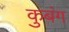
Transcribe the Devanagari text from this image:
कुबंग